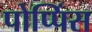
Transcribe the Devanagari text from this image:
पोप्पिंस